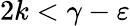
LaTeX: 2k<\gamma-\varepsilon